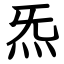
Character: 炁